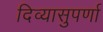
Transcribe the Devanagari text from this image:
दिव्यासुपर्णा